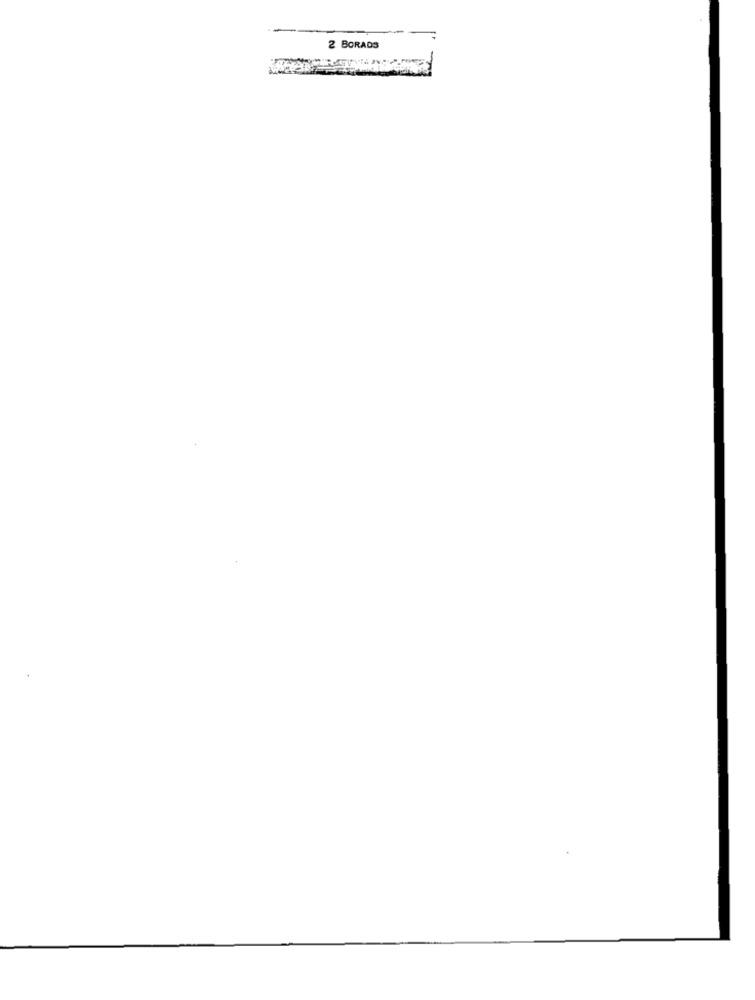
2 BORADS